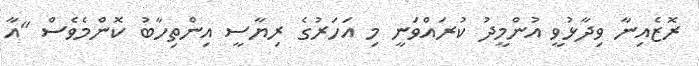
ރޮޒެއިނާ ވިދާޅުވީ އުންމީދު ކުރައްވަނީ މި އަހަރުގެ ރިޔާސީ އިންތިހާބު ކޮންމެވެސް "އާ